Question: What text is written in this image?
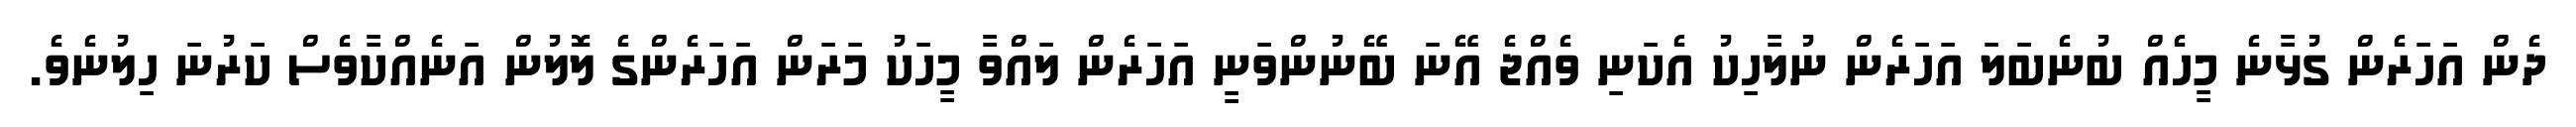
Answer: ދެން އަހަރެން ގުޅާނެ މީހެއް ބުނެބަލަ އަހަރެން ނުލާހިކު އެކަނި ވެއްޖެ އޭނަ ބޭނުންވަނީ އަހަރެން ލައްވާ މީހަކު މަރަން އަހަރެންގެ ލޮލުން އަނެއްކާވެސް ކަރުނަ ހިލުނެވެ.